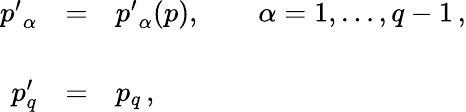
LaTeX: \begin{array}{rcl}{{{p^{\prime}}_{\alpha}}}&{{=}}&{{{p^{\prime}}_{\alpha}(p),\qquad\alpha=1,\ldots,q-1\, ,}}\\ {{}}&{{}}&{{}}\\ {{p_{q}^{\prime}}}&{{=}}&{{p_{q}\, ,}}\end{array}